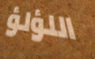
اللؤلؤ